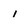
Character: i